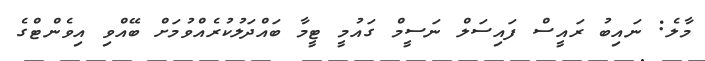
މާލެ: ނައިބު ރައީސް ފައިސަލް ނަސީމް ގައުމީ ޓީމާ ބައްދަލުކުރެއްވުމަށް ބޭއްވި އިވެންޓްގެ